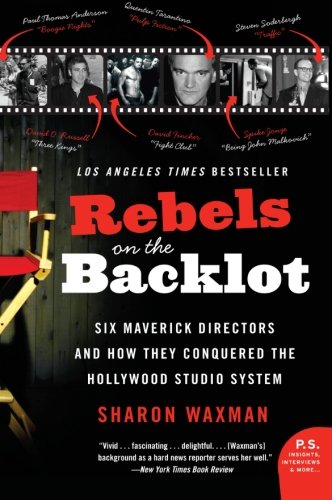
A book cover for Rebels on the Backlot: Six Maverick Directors and How They Conquered the Hollywood Studio System (P.S.); Sharon Waxman; Humor & Entertainment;